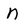
Character: n